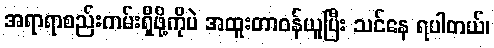
အရာရာစည်းကမ်းရှိဖို့ကိုပဲ အထူးတာဝန်ယူပြီး သင်နေ ရပါတယ်၊